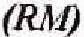
(RM)